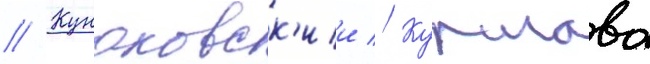
// Кунаковск'ии // Куршава